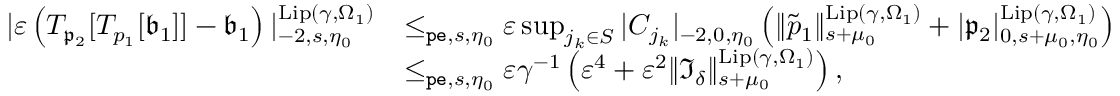
\begin{array} { r l } { | \varepsilon \left( T _ { \mathfrak { p } _ { 2 } } [ T _ { p _ { 1 } } [ \mathfrak { b } _ { 1 } ] ] - \mathfrak { b } _ { 1 } \right) | _ { - 2 , s , \eta _ { 0 } } ^ { \mathrm { L i p } ( \gamma , \Omega _ { 1 } ) } } & { \le _ { \mathtt { p e } , s , \eta _ { 0 } } \varepsilon \operatorname* { s u p } _ { j _ { k } \in S } | C _ { j _ { k } } | _ { - 2 , 0 , \eta _ { 0 } } \left( \rVert \tilde { p } _ { 1 } \rVert _ { s + \mu _ { 0 } } ^ { \mathrm { L i p } ( \gamma , \Omega _ { 1 } ) } + | \mathfrak { p } _ { 2 } | _ { 0 , s + \mu _ { 0 } , \eta _ { 0 } } ^ { \mathrm { L i p } ( \gamma , \Omega _ { 1 } ) } \right) } \\ & { \le _ { \mathtt { p e } , s , \eta _ { 0 } } \varepsilon \gamma ^ { - 1 } \left( \varepsilon ^ { 4 } + \varepsilon ^ { 2 } \rVert \mathfrak { I } _ { \delta } \rVert _ { s + \mu _ { 0 } } ^ { \mathrm { L i p } ( \gamma , \Omega _ { 1 } ) } \right) , } \end{array}